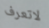
لاتعرف